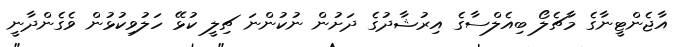
އާޖެންޓީނާގެ މާޗެލޯ ބިއެލްސާގެ އިރުޝާދުގެ ދަށުން ނުކުންނަ ޗިލީ ކުޅޭ ހަލުވިކުޅުން ވެގެންދާނީ